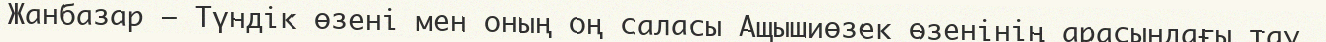
Жанбазар – Түндік өзені мен оның оң саласы Ащышиөзек өзенінің арасындағы тау.